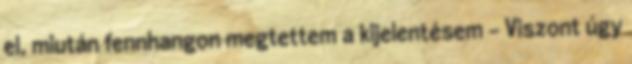
el, miután fennhangon megtettem a kijelentésem - Viszont úgy